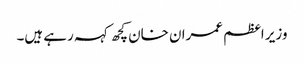
وزیر اعظم عمران خان کچھ کہہ رہے ہیں۔